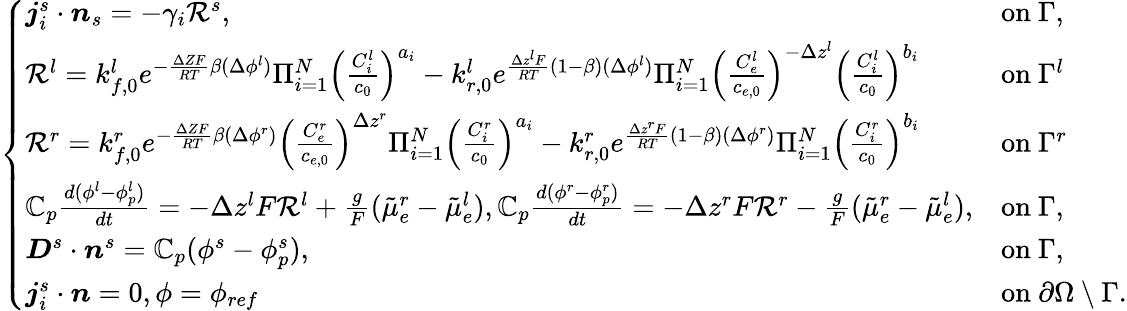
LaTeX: \left\{ \begin{array}{ll}{\boldsymbol{j}_{i}^{s}\cdot\boldsymbol{n}_{s}=-\gamma_{i}\mathcal{R}^{s},}&{\mathrm{on~}\Gamma,}\\ {\mathcal{R}^{l}=k_{f,0}^{l}e^{-\frac{\Delta ZF}{RT}\beta(\Delta\phi^{l})}\Pi_{i=1}^{N}\left(\frac{C_{i}^{l}}{c_{0}}\right)^{a_{i}}-k_{r,0}^{l}e^{\frac{\Delta z^{l}F}{RT}(1-\beta)(\Delta\phi^{l})}\Pi_{i=1}^{N}\left(\frac{C_{e}^{l}}{c_{e,0}}\right)^{-\Delta z^{l}}\left(\frac{C_{i}^{l}}{c_{0}}\right)^{b_{i}}}&{\mathrm{on~}\Gamma^{l}}\\ {\mathcal{R}^{r}=k_{f,0}^{r}e^{-\frac{\Delta ZF}{RT}\beta(\Delta\phi^{r})}\left(\frac{C_{e}^{r}}{c_{e,0}}\right)^{\Delta z^{r}}\Pi_{i=1}^{N}\left(\frac{C_{i}^{r}}{c_{0}}\right)^{a_{i}}-k_{r,0}^{r}e^{\frac{\Delta z^{r}F}{RT}(1-\beta)(\Delta\phi^{r})}\Pi_{i=1}^{N}\left(\frac{C_{i}^{r}}{c_{0}}\right)^{b_{i}}}&{\mathrm{on~}\Gamma^{r}}\\ {\mathbb{C}_{p}\frac{d(\phi^{l}-\phi_{p}^{l})}{dt}=-\Delta z^{l}F\mathcal{R}^{l}+\frac{g}F(\tilde{\mu}_{e}^{r}-\tilde{\mu}_{e}^{l}),\mathbb{C}_{p}\frac{d(\phi^{r}-\phi_{p}^{r})}{dt}=-\Delta z^{r}F\mathcal{R}^{r}-\frac{g}F(\tilde{\mu}_{e}^{r}-\tilde{\mu}_{e}^{l}),}&{\mathrm{on~}\Gamma,}\\ {\boldsymbol{D}^{s}\cdot\boldsymbol{n}^{s}=\mathbb{C}_{p}(\phi^{s}-\phi_{p}^{s}),}&{\mathrm{on~}\Gamma,}\\ {\boldsymbol{j}_{i}^{s}\cdot\boldsymbol{n}=0,\phi=\phi_{ref}~}&{\mathrm{on~}\partial\Omega\setminus\Gamma.}\end{array}\right.